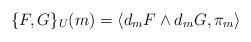
LaTeX: \begin{align*}\{F, G\}_{U}(m) = \langle d_{m}F \wedge d_{m}G, \pi_{m} \rangle\end{align*}